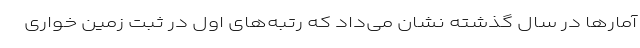
آمار‌ها در سال گذشته نشان می‌داد که رتبه‌های اول در ثبت زمین خواری